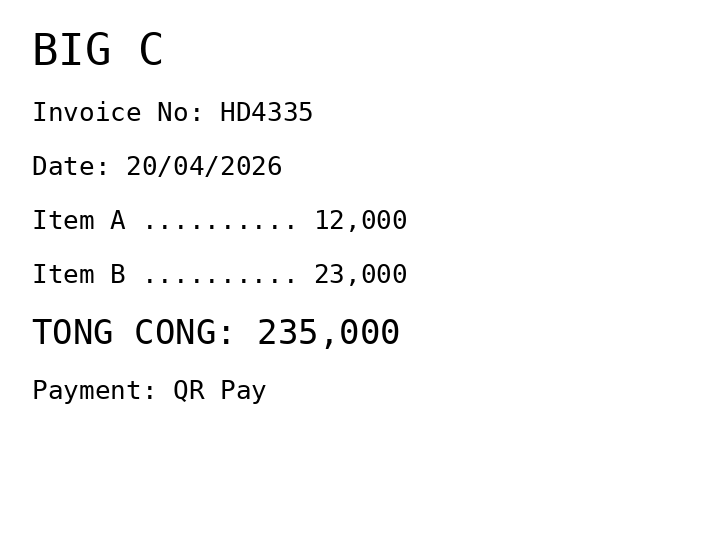
BIG C
Invoice No: HD4335
Date: 20/04/2026
Item A .......... 12,000
Item B .......... 23,000
TONG CONG: 235,000
Payment: QR Pay
Merchant: big c
Date: 2026-04-20
Total: 235000
Invoice No: HD4335
Payment method: QR